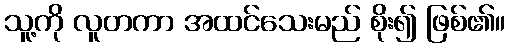
သူ့ကို လူတကာ အထင်သေးမည် စိုး၍ ဖြစ်၏။